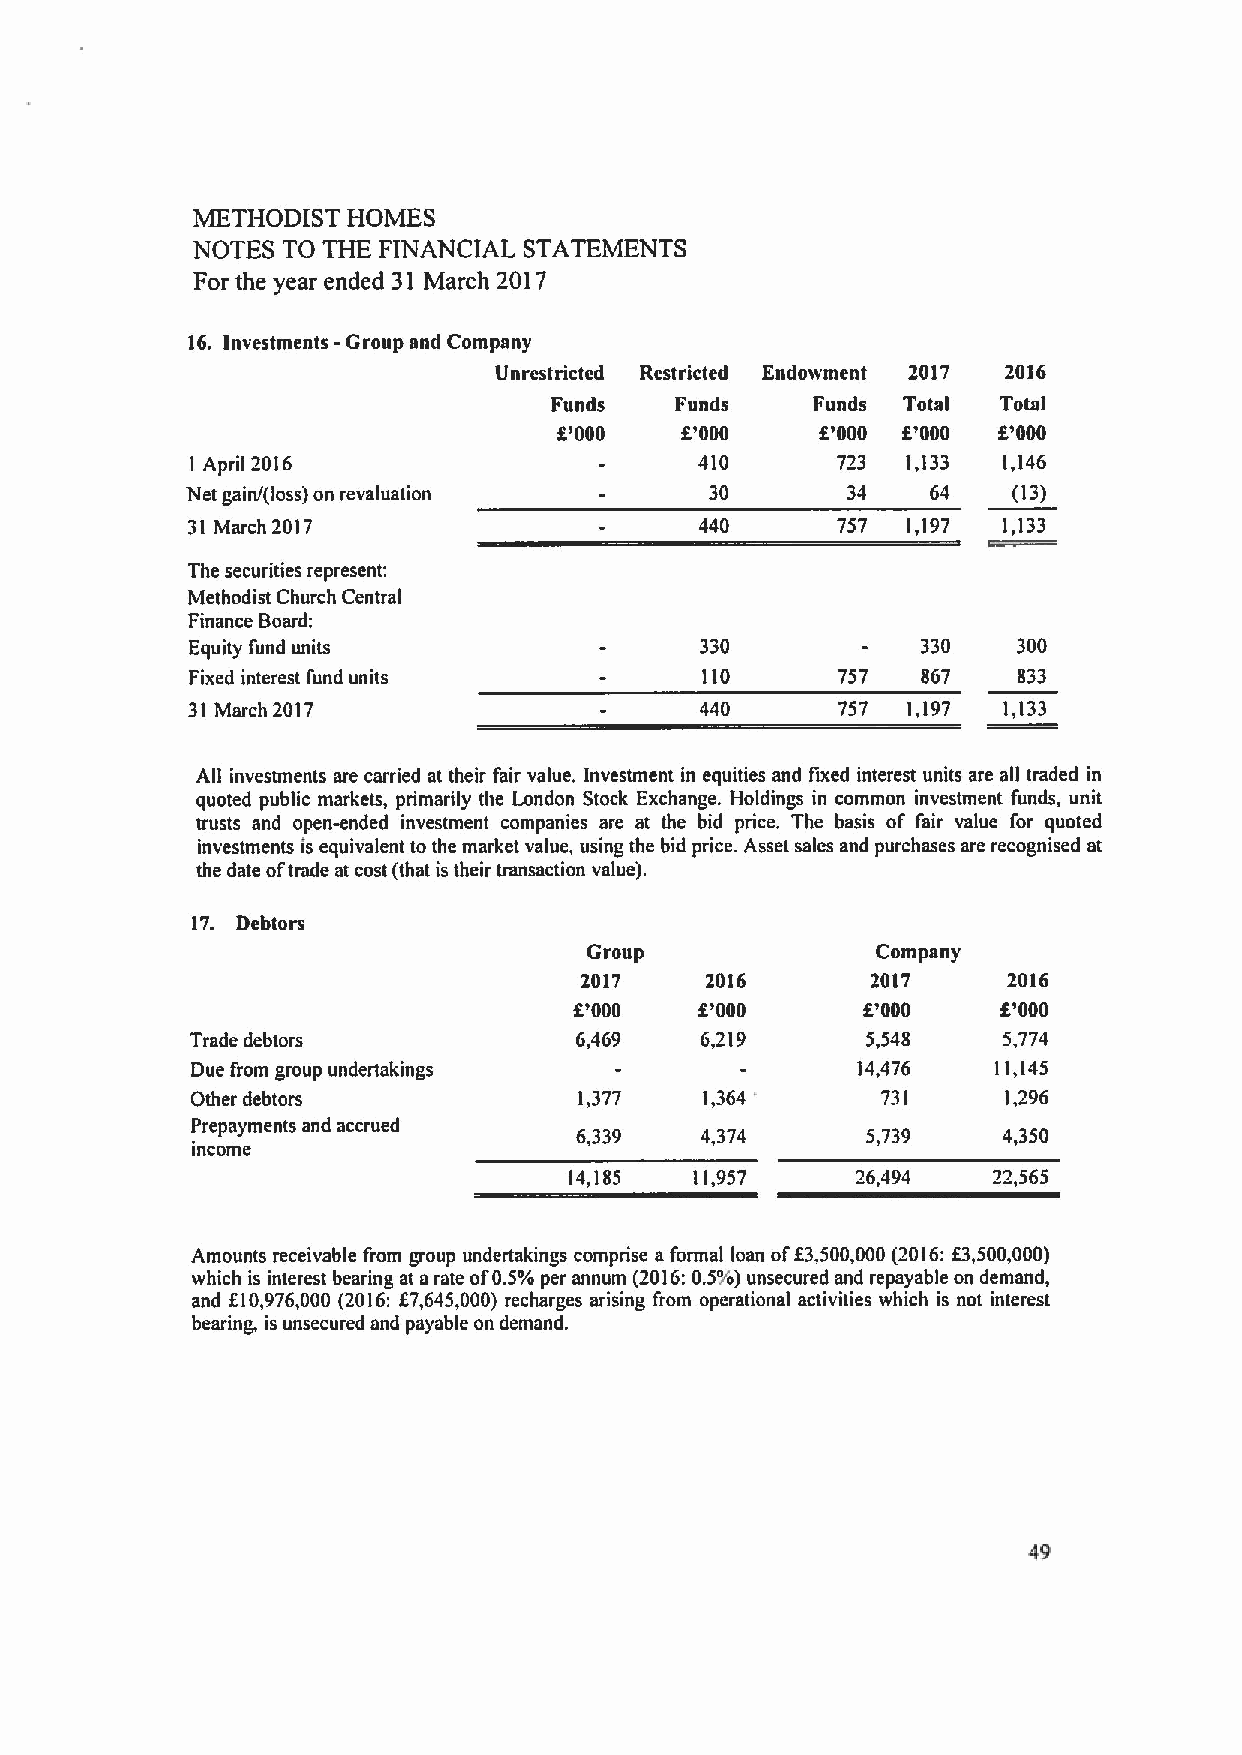
METHODIST HOMES
 NOTES TO THE FINANCIAL STATEMENTS
 For the year ended 31 March 2017
 16. Investments -Group and Company
 Unrestricted Restricted Endowment 2017 2016
 Funds    Funds    Funds Total Total
 f'000   f'000    f'000 f'000 f'000
 1 April 2016                     410      723  1,133 1,146
 Net gain/(loss) on revaluation     30       34    64   (13)
 31 March 2017                     440      757  1,197 1,133
 The securities represent:
 Methodist Church Central
 Finance Board:
 Equity fund units                330            330   300
 Fixed interest fund units        110      757   867   833
 31 March 2017                     440       757 1,197 1,133
 All investments are carried at their fair value. Investment in equities and fixed interest units are all traded in
 quoted public markets, primarily the London Stock Exchange. Holdings in common investment funds, unit
 trusts and open-ended investment companies are at the bid price, The basis of fair value for quoted
 investments is equivalent to the market value, using the bid price. Asset sales and purchases are recognised at
 the date oftrade at cost (that is their transaction value).
 17. Debtors
 Group              Company
 2017     2016       2017     2016
 f'000   f'000      0'000    f'000
 Trade debtors            6,469   6,219      5,548    5,774
 Due from group undertakings                 14,476   11,145
 Other debtors            1,377    1,364 '    731      1,296
 Prepayments and accrued
 6,339   4,374      5,739    4,350
 income
 14,185  11,957     26,494   72,565
 Amounts receivable from group undertakings comprise aformal loan off3,500,000(2016:f3,500,000)
 which is interest bearing at arate of0.5%per annum (2016:0.5%)unsecured and repayable on demand,
 and f10,976,000 (2016:f7,645,000) recharges arising from operational activities which is not interest
 bearing, is unsecured and payable on demand.
 49